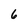
Character: 6